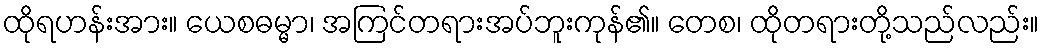
ထိုရဟန်းအား။ ယေစဓမ္မာ၊ အကြင်တရားအပ်ဘူးကုန်၏။ တေစ၊ ထိုတရားတို့သည်လည်း။